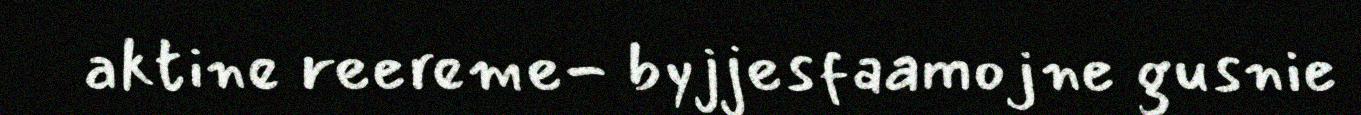
aktine reereme- byjjesfaamojne gusnie